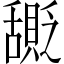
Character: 𬜎